Indian journal of veterinary science and animal husbandry - Volumes 22-23, 1952-1953
Year: 1952
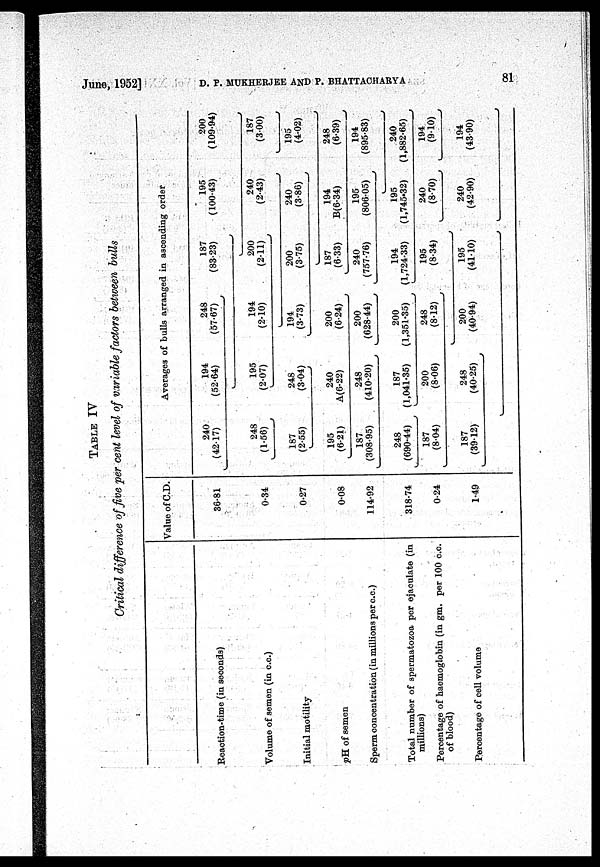
June, 1952] D. P. MUKHERJEE AND P. BHATTACHARYA 81
TABLE IV
Critical difference of five per cent level of variable factors between bulls
Reaction-time (in seconds)
Volume of semen (in c.c.)
Initial motility
pH of semen
Sperm concentration (in millions per c.c.)
Total number of spermatozoa per ejaculate (in
millions)
Percentage of haemoglobin (in gm. per 100 c.c.
of blood)
Percentage of cell volume
Value of C.D.
36.81
0.34
0.27
0.08
114.92
318.74
0.24
1.49
Averages of bulls arranged in ascending order
240
(42.17)
248
(1.56)
187
(2.55)
195
(6.21)
187
(308.95)
248
(690.44)
187
(8.04)
187
(39.12)
194
(52.64)
195
(2.07)
248
(3.04)
240
A(6.22)
248
(410.20)
187
(1,041.35)
200
(8.06)
248
(40.25)
248
(57.67)
194
(2.10)
194
(3.73)
200
(6.24)
200
(628.44)
200
(1,351.35)
248
(8.12)
200
(40.94)
187
(83.23)
200
(2.11)
200
(3.75)
187
(6.33)
240
(757.76)
194
(1,724.33)
195
(8.34)
195
(41.10)
195
(100.43)
240
(2.43)
240
(3.86)
194
B(6.34)
195
(806.05)
195
(1,745.32)
240
(8.70)
240
(42.90)
200
(109.94)
187
(3.00)
195
(4.02)
248
(6.39)
194
(895.83)
240
(1,882.65)
194
(9.10)
194
(43.90)